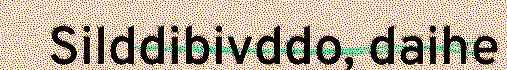
Silddibivddo, daihe